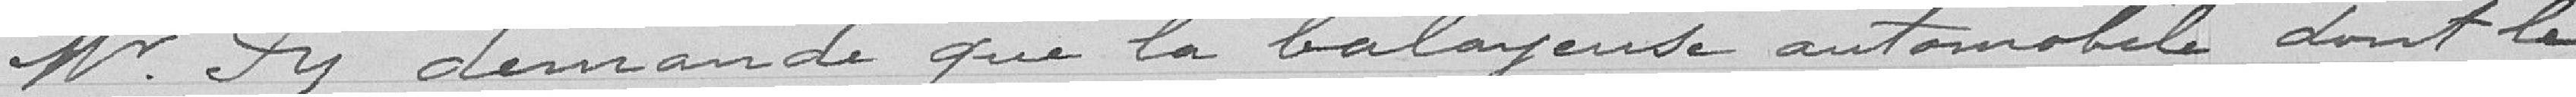
M. Py demande que la balayeuse automobile dont le